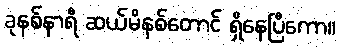
ခုနစ်နာရီ ဆယ်မိနစ်တောင် ရှိနေပြီကော။